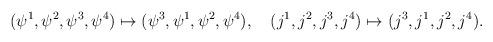
LaTeX: \begin{align*}(\psi^1,\psi^2,\psi^3,\psi^4) \mapsto (\psi^3,\psi^1,\psi^2,\psi^4),\quad(j^1,j^2,j^3,j^4) \mapsto (j^3,j^1,j^2,j^4) .\end{align*}